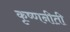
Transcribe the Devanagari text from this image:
कृष्णनीती